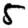
Digit: 5